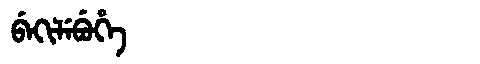
Manchu: ᠪᡝᡴᡳᠯᡝᠪᡠᡥᡝ
Romanization: BEKILEBUHE